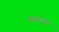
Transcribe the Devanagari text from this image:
शल्याचे